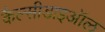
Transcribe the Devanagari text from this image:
कैल्सीडाइऑल